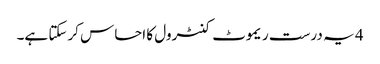
4 یہ درست ریموٹ کنٹرول کا احساس کرسکتا ہے۔